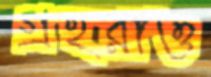
গ্রহরাও